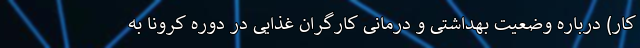
کار) درباره وضعیت بهداشتی و درمانی کارگران غذایی در دوره کرونا به